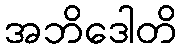
အဘိဒေါတိ